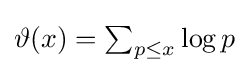
{\textstyle \vartheta (x)=\sum _{p\leq x}\log p}